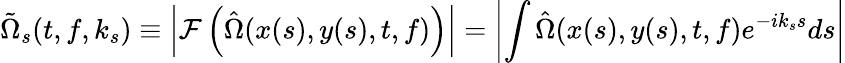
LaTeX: \tilde{\Omega}_{s}(t,f,k_{s})\equiv\left|\mathcal{F}\left(\hat{\Omega}(x(s),y(s),t,f)\right)\right|=\left|\int\hat{\Omega}(x(s),y(s),t,f)e^{-ik_{s}s}ds\right|